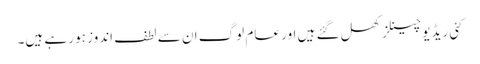
کئی ریڈیو چینلز کھل گئے ہیں اور عام لوگ ان سے لطف اندوز ہو رہے ہیں۔